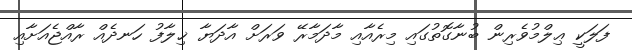
ފަލަކީ ޢިލްމުވެރިން ބުނާގޮތުގައި މިރެއާއި މާދަމާރޭ ވަރަށް އާދަޔާ ޚިލާފު ހަނދެއް ރާއްޖެއަށާއި